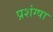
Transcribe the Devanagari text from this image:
प्रशंग्षा